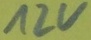
Text: 12V